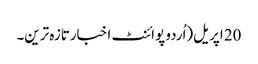
20 اپریل(اُردو پوائنٹ اخبارتازہ ترین۔